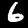
Label: 6